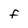
Character: F